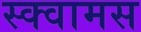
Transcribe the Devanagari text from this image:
स्क्वामस